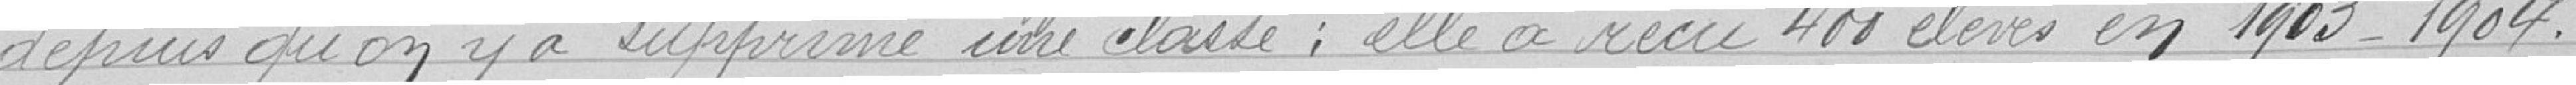
depuis qu'on y a supprimer une classe; elle a reçu 400 élèves en 1903-1904.